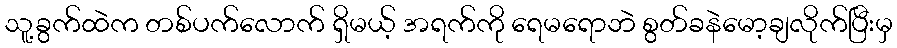
သူ့ခွက်ထဲက တစ်ပက်လောက် ရှိမယ့် အရက်ကို ရေမရောဘဲ စွတ်ခနဲမော့ချလိုက်ပြီးမှ